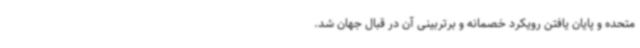
متحده و پایان یافتن رویکرد خصمانه و برتربینی آن در قبال جهان شد.